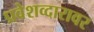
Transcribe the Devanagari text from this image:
प्रवेशव्दारावर